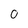
Character: 0